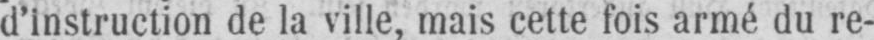
d’instruction de la ville, mais cette fois armé du re-